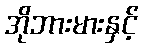
အိုဘားမားနှင့်